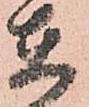
在